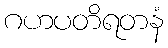
ဂဟပတိရတနံ